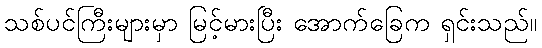
သစ်ပင်ကြီးများမှာ မြင့်မားပြီး အောက်ခြေက ရှင်းသည်။